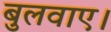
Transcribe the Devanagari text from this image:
बुलवाए।